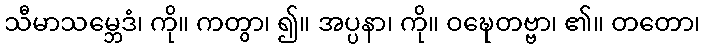
သီမာသမ္ဘေဒံ၊ ကို။ ကတွာ၊ ၍။ အပ္ပနာ၊ ကို။ ဝဍ္ဎေတဗ္ဗာ၊ ၏။ တတော၊